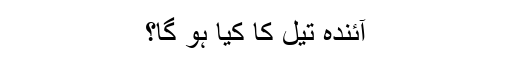
آئندہ تیل کا کیا ہو گا؟